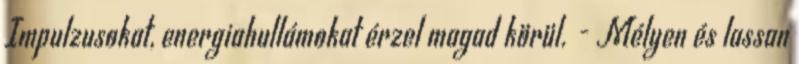
Impulzusokat, energiahullámokat érzel magad körül. - Mélyen és lassan